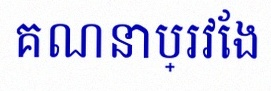
គណនាប្រវែង